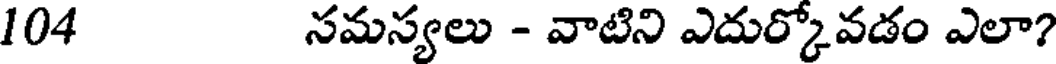
104 సమస్యలు - వాటిని ఎదుర్కోవడం ఎలా?